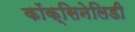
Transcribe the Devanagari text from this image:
कॉक्सिनेलिडी